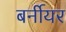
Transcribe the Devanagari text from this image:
बर्नीयर